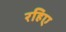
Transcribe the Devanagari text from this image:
रहिए